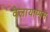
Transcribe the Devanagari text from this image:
वेलायाप्पम